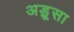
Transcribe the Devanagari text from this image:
अड़ूसा